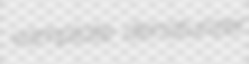
vamplate denaturizer